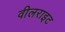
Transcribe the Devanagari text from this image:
वीलराइट